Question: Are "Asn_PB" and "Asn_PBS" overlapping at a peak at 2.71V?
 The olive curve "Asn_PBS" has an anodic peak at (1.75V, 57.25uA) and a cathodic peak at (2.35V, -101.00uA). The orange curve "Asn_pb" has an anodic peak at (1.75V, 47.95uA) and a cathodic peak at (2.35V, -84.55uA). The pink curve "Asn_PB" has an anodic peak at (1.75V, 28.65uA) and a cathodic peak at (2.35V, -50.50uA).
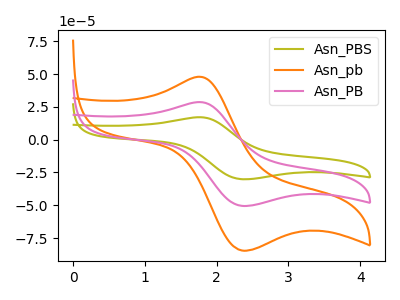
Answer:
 <answer>No, "Asn_PB" and "Asn_PBS" dont share a peak at 2.71V.</answer>
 <eval>mismatch</eval>